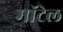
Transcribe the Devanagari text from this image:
मॉटेल